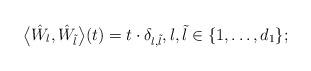
LaTeX: \begin{align*}\bigl\langle \hat{W}_{l}, \hat{W}_{\tilde{l}} \bigr\rangle(t) = t\cdot \delta_{l,\tilde{l}},l,\tilde{l}\in \{1,\ldots,d_{1}\};\end{align*}